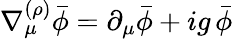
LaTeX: \nabla_{\mu}^{(\rho)}\bar{\phi}=\partial_{\mu}\bar{\phi}+ig\, \bar{\phi}